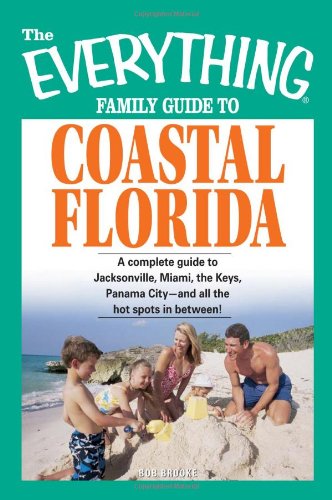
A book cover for The Everything Family Guide to Coastal Florida: St. Augustine, Miami, the Keys, Panama City--and all the hot spots in between!; Bob Brooke; Travel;